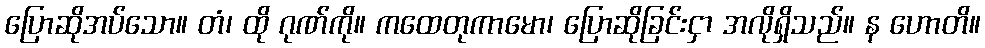
ပြောဆိုအပ်သော။ တံ၊ ထို ဂုဏ်ကို။ ကထေတုကာမော၊ ပြောဆိုခြင်းငှာ အလိုရှိသည်။ န ဟောတိ။